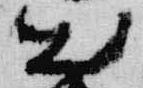
出